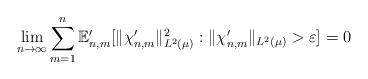
LaTeX: \begin{align*} \lim_{n \to \infty} \sum_{m=1}^n \mathbb{E}_{n,m}' [ \|\chi_{n,m}' \|_{L^2( \mu)}^2 : \|\chi_{n,m}' \|_{L^2(\mu)} > \varepsilon ] = 0\end{align*}